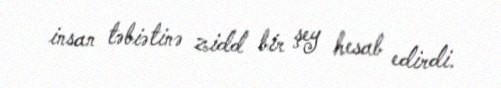
insan təbiətinə zidd bir şey hesab edirdi.